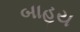
બાહય